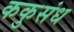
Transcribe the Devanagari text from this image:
ककुसंध